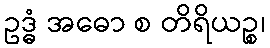
ဥဒ္ဓံ အဓော စ တိရိယဉ္စ၊